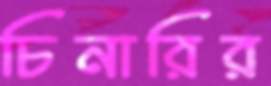
চিনারির